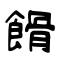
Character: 餶